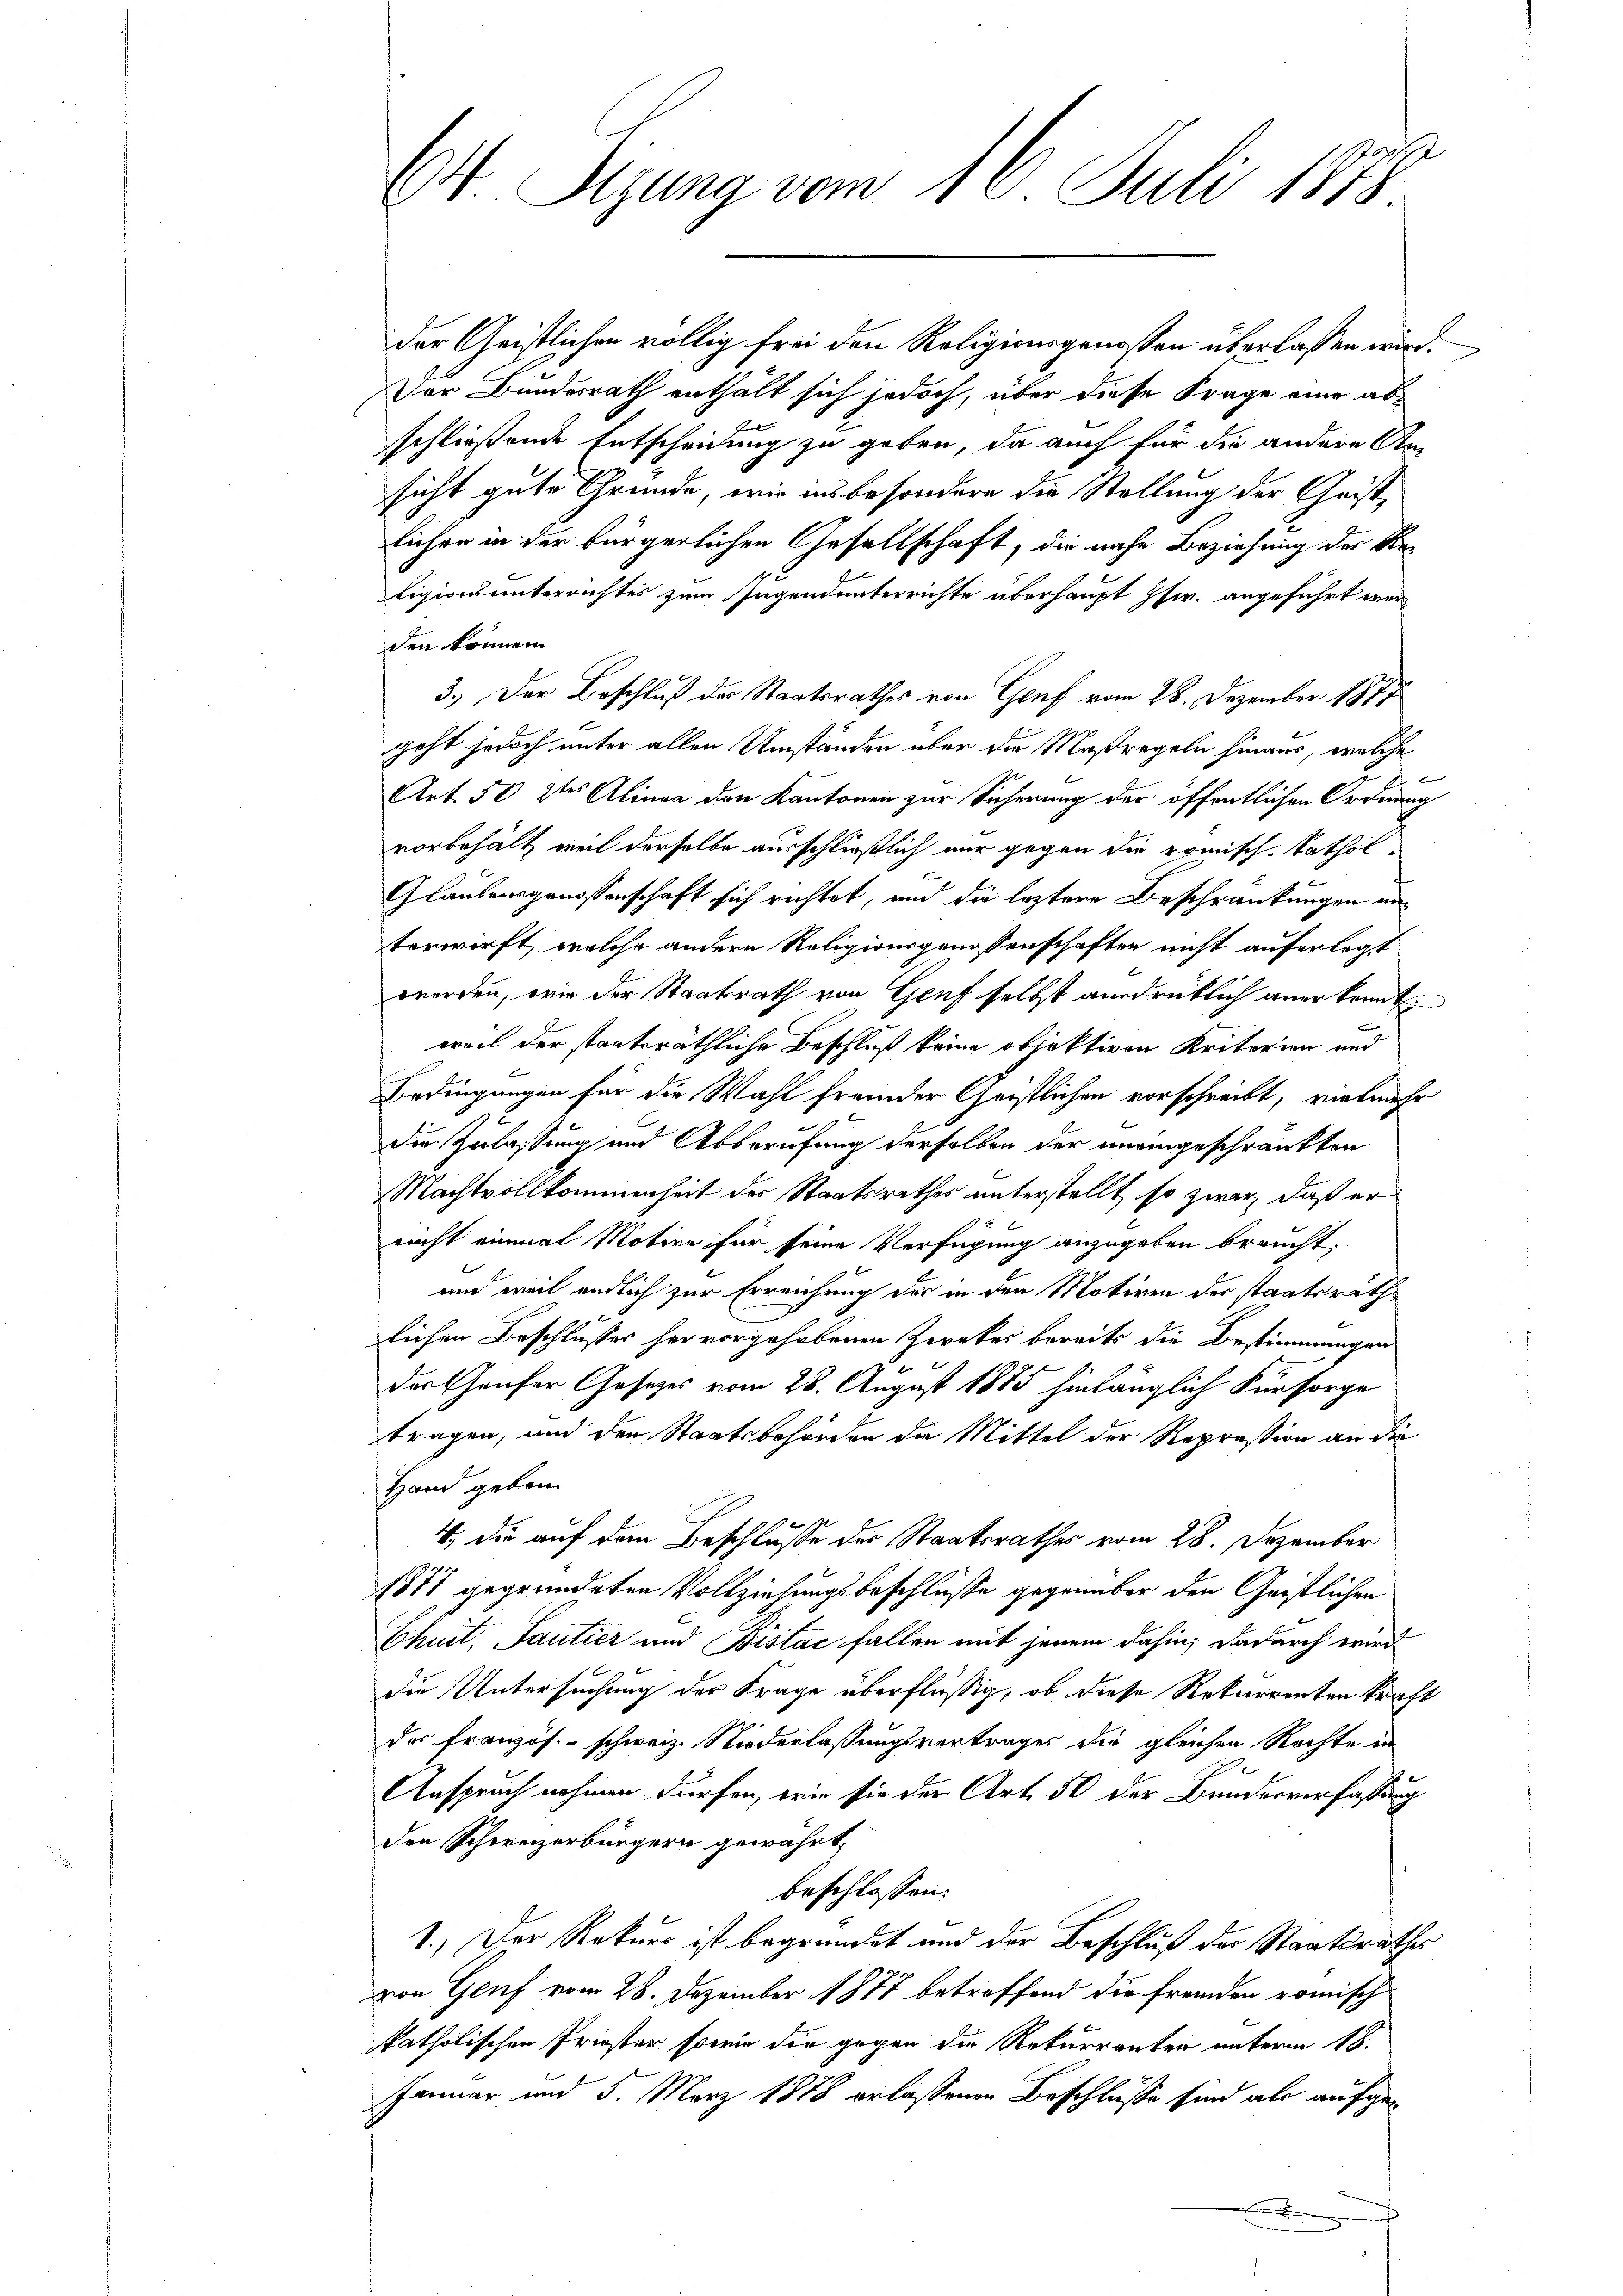
64 Sizung vom 16. Juli 1878

der Geistlichen völlig frei den Religionsgenoßen überlassen wird.
Der Bundesrath enthält sich jedoch, über diese Frage eine abschließende Entscheidung zu geben, da auch für die andere An-
sicht gute Gründe, wie ins besondere die Stellung der Geist,
lichen in der bürgerlichen Gesellschaft, die nahe Beziehung der Religionsunterrichtes zum Jugendunterrichte überhaupt pfw. angeführt werden können.
3.) Der Beschluß der Staatsrathes von Genf vom 28. Dezember 1817.
geht jedoch unter allen Umständen über die Maßregeln hinaus, welche
Art. 50 zur Alinea den Kantonen zur Sicherung der öffentlichen Ordnung
vorbehält, weil derselbe ausschließlich nur gegen die römisch, kathol¬
Glaubensgenossenschaft sich richtet, und die leztere Beschränkungen unverwirft, welche andern Religionsgenossenschaften nicht auferlegt
werden, wie der Staatsrath von Genf selbst ausdrüklich anerkennt
weil der staatsräthliche Beschluß keine objektiven Kriterien und
Bedingungen für die Wahl fremder Geistlichen vorschreibt, vielmehr
die Zulassung und Abberufung derselben der uneingeschränkten
Machtvollkommenheit der Staatsrathes unterstellt, so zwar, daß er
7 x
nicht einmal Motive für seine Verfügung anzugeben braucht,
und weil endlich zur Erreichung der in den Motiven der staatsräth
lichen Beschlusses hervorgehobenen Zweckes bereits die Bestimmungen
darthauser Gesetzes vom 28. August 1875 hinlänglich Fürsorge
tragen, und den Staatsbehörden da Mittel der Repräsion an die
Hand geben.
4. Die auf dem Beschlusse der Staatsrathes vom 28. Dezember
1877 gegründeten Vollziehungsbeschlüsse gegenüber den Geistlichen
Chuit, Santier und Bistac fallen mit jenem dahin, dadurch wird
die Untersuchung der Frage überflüßig, ob diese Rekurrenten kraft
des Französ. schweiz. Niederlassungsvertrages der gleichen Rechte in
Anspruch nahmen dürfen, wie sie der Art. 50 der Bundesverfassung
den Schweizerbürgern gewährt,
beschlossen:
1.) Der Rekurs ist begründet und der Beschluß der Staatsrathes
von Genf vom 28. Dezember 1877 betreffend die fremden römisch
katholischen Friester sowie die gegen die Rekurrenter unterm 18.
Januar und 5. März 1878 erlassenen Beschlüsse sind als aufge¬
.